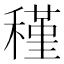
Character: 𥡣